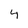
Character: 4